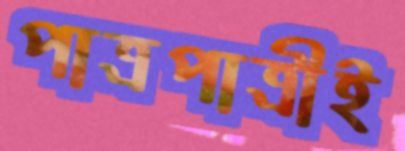
পাত্রপাত্রীই